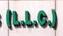
(l.l.c)